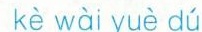
kè wài yuè dú